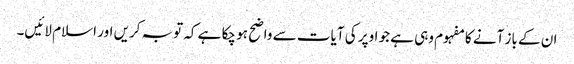
ان کے باز آنے کا مفہوم وہی ہے جو اوپر کی آیات سے واضح ہو چکا ہے کہ توبہ کریں اور اسلام لائیں۔